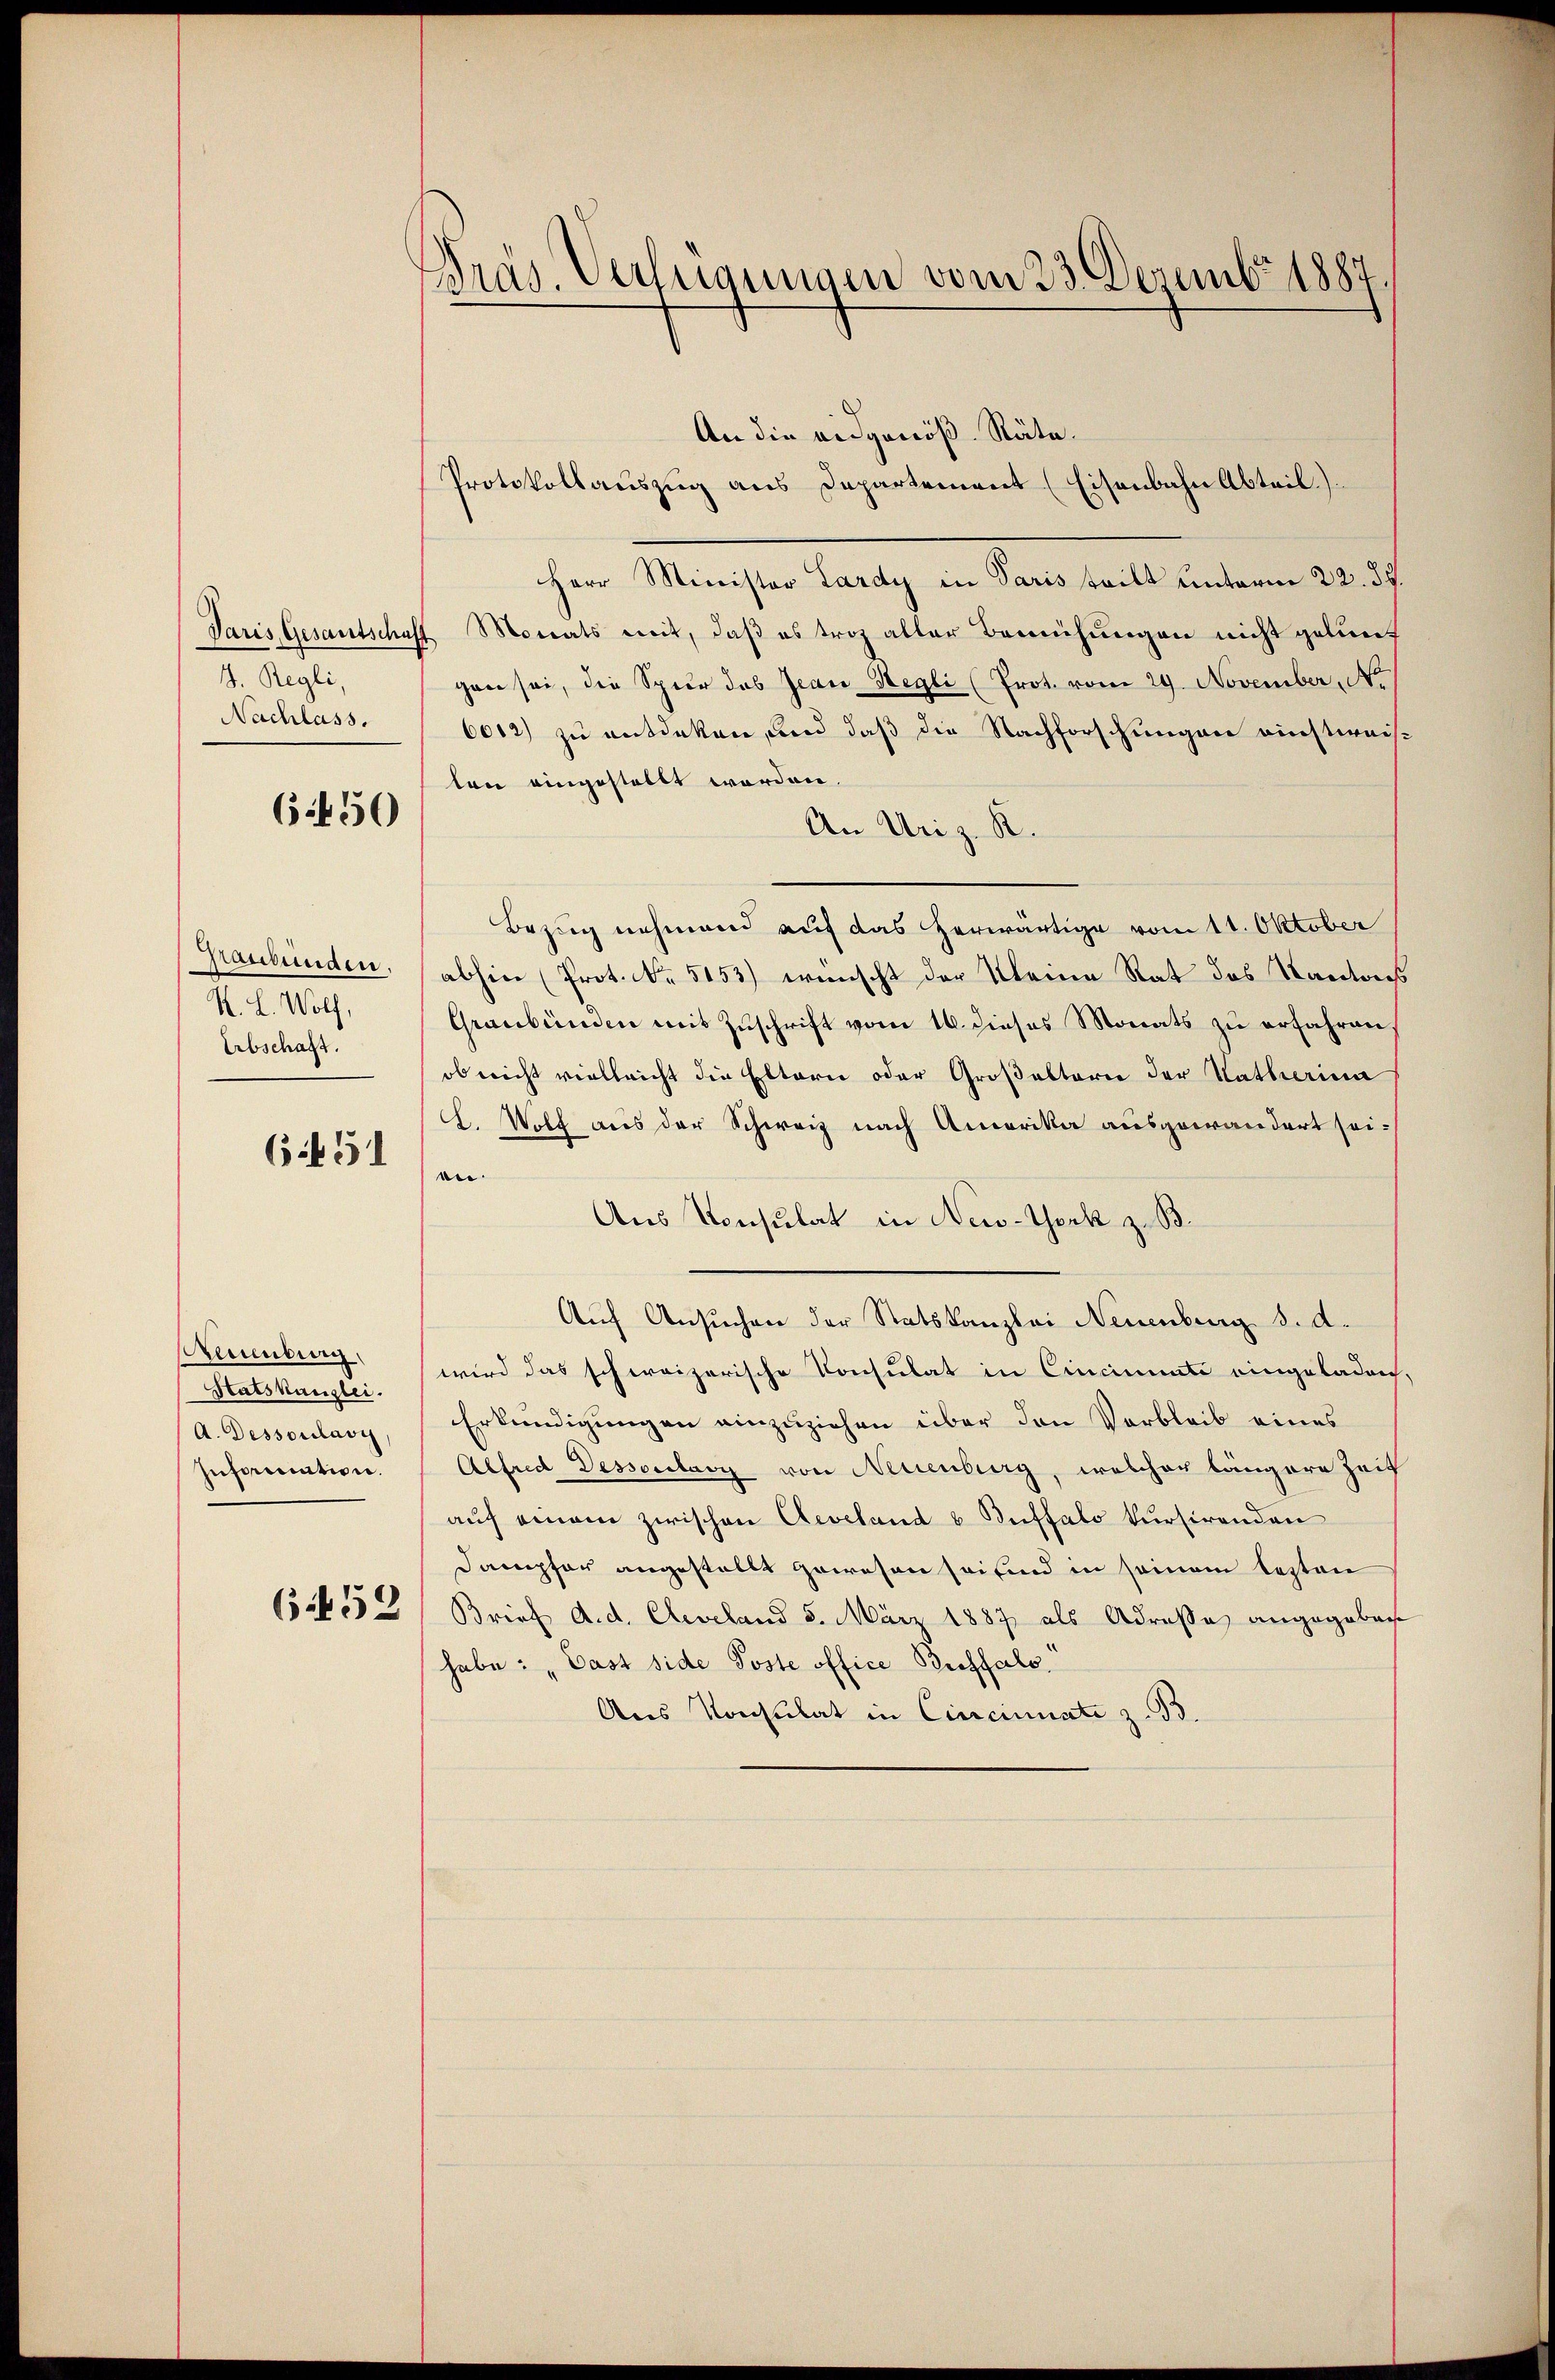
8. Regli,
Nachlass.

6450

Maubünden.
K. L. Wolf,
Erbschaft.

6 f 51

Kreuenburg,
Statskanzlei.
A. Dessoulavi
Information.

6452

Bras. Verfügungen vom 23. Dezemb. 1887.

An die eidgenöß-Räta¬
Protokollauszug aus Departement (Eisenbahn Abteil)
Herr Minister Lardy in Paris teilt unterm 22. ds.
Paris Gesantschaft Monats mit, daß es troz aller Bemühungen nicht gelung
gane sei, die Spur das Jean Regli (Prot. vom 29. November No
6012) zu entdeken, und daß die Nachforschungen einstweisten eingestellt worden.
An Uriz. R.
Bezug nehmend auf das herwärtige vom 11. Oktober
abhin (Prot. No. 5153) wünscht der Kleine Rat des Kantons
Graubünden mit Zuschrift vom 16. dieses Monats zu erfahren
ob nicht vielleicht die Eltern oder Großakterie der Katharina
C. Wolf aus der Schweiz nach Amerika ausgewandert seien.
Aus Konsulat in New-York z. B.
Auf Ansuchen der Statskanzlei Neuenburg d. d.
wird das schweizerische Konsulat in Cincimmte eingeladen,
Erkundigungen einzuziehen über den Verbleib eines
Alfred Dessorelary von Neuenburg, welcher längere Zeit
auf einem zwischen Aeveland u Buffalo kursirenden
Dampfer angestellt gewesen sei sind in seinem lezten
Brief d. d. Cleveland 5. März 1887 als Adresse angegeben
habe: „Gast side Poste office Bichfals
Ares Konsulat in Cincinnate z. B.